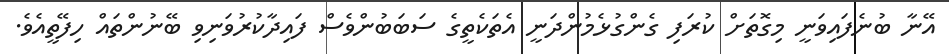
އޭނާ ބުނެފައިވަނީ މިގޮތަށް ކުރަފި ގެންގުޅެމުންދަނީ އެތަކެތީގެ ސަބަބުންވެސް ފައިދާކުރުވަނިވި ބޭނުންތައް ހިފޭތީއެވެ.